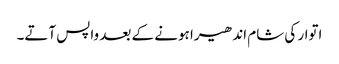
اتوار کی شام اندھیرا ہونے کے بعد واپس آتے۔